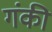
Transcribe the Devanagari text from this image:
गंकी